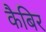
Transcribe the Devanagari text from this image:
कैबिर